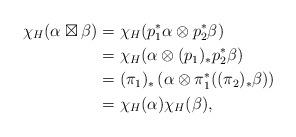
LaTeX: \begin{align*}\chi_H(\alpha \boxtimes \beta) &= \chi_H(p_1^* \alpha \otimes p_2^*\beta)\\&=\chi_H(\alpha \otimes (p_1)_*p_2^* \beta)\\&=(\pi_1)_* \left(\alpha \otimes \pi_1^* ((\pi_2)_*\beta)\right) \\&= \chi_H(\alpha) \chi_H(\beta),\end{align*}